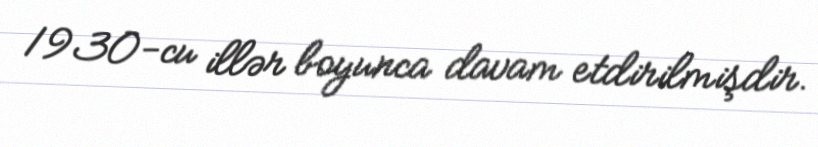
1930-cu illər boyunca davam etdirilmişdir.